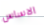
الاساس